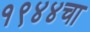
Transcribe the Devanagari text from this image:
१९४४चा